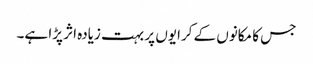
جس کا مکانوں کے کرایوں پر بہت زیادہ اثر پڑا ہے۔